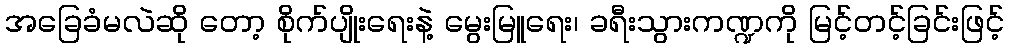
အခြေခံမလဲဆို တော့ စိုက်ပျိုးရေးနဲ့ မွေးမြူရေး၊ ခရီးသွားကဏ္ဍကို မြင့်တင့်ခြင်းဖြင့်